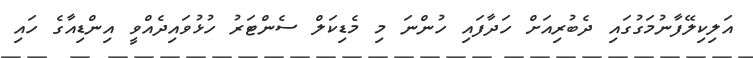
އަލިކިލޭފާނުމަގުގައި ދެބުރިއަށް ހަދާފައި ހުންނަ މި މެޑިކަލް ސެންޓަރު ހުޅުވައިދެއްވީ އިންޑިއާގެ ހައި